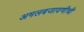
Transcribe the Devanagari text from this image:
अमलबजावणीची